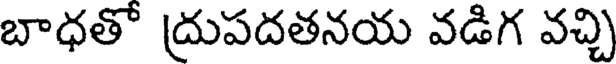
బాధతో ద్రుపదతనయ వడిగ వచ్చి